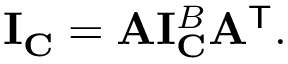
\mathbf { I } _ { \mathbf { C } } = \mathbf { A } \mathbf { I } _ { \mathbf { C } } ^ { B } \mathbf { A } ^ { \mathsf { T } } .